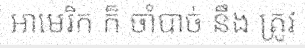
អាមេរិក ក៏ ចាំបាច់ នឹង ត្រូវ